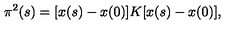
\pi ^ { 2 } ( s ) = [ x ( s ) - x ( 0 ) ] K [ x ( s ) - x ( 0 ) ] ,